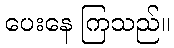
ပေးနေ ကြသည်။